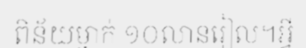
ពិន័យម្នាក់ ១០លានរៀល។អ្វី